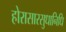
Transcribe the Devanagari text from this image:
होरासारसुधानिधि